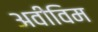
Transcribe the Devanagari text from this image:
अवीविम